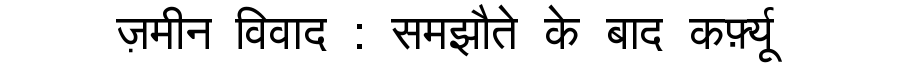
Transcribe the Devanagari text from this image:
ज़मीन विवाद : समझौते के बाद कर्फ़्यू